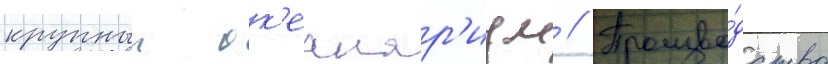
крупныи ок'еанар'иум // Произво́дство